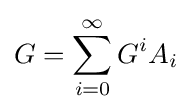
G=\sum _{i=0}^{\infty }G^{i}A_{i}